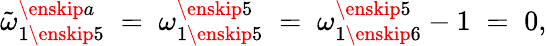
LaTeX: \tilde{\omega}_{1\enskip 5}^{\enskip a}\; =\; \omega_{1\enskip 5}^{\enskip 5}\; =\; \omega_{1\enskip 6}^{\enskip 5}-1\; =\; 0,